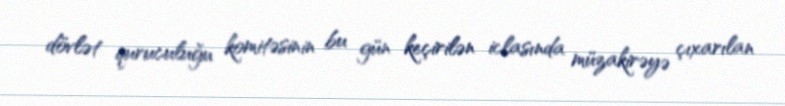
dövlət quruculuğu komitəsinin bu gün keçirilən iclasında müzakirəyə çıxarılan